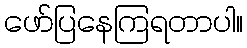
ဖော်ပြနေကြရတာပါ။